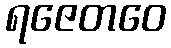
ရဇေတဝေ